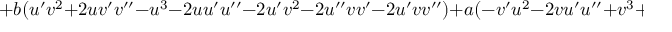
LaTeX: + b ( u ^ { \prime } v ^ { 2 } + 2 u v ^ { \prime } v ^ { \prime \prime } - u ^ { 3 } - 2 u u ^ { \prime } u ^ { \prime \prime } - 2 u ^ { \prime } v ^ { 2 } - 2 u ^ { \prime \prime } v v ^ { \prime } - 2 u ^ { \prime } v v ^ { \prime \prime } ) + a ( - v ^ { \prime } u ^ { 2 } - 2 v u ^ { \prime } u ^ { \prime \prime } + v ^ { 3 } + 2 v v ^ { \prime } v ^ { \prime \prime } + 2 v ^ { \prime } u ^ { 2 } + 2 v ^ { \prime \prime } u u ^ { \prime } + 2 v ^ { \prime } u u ^ { \prime \prime } )